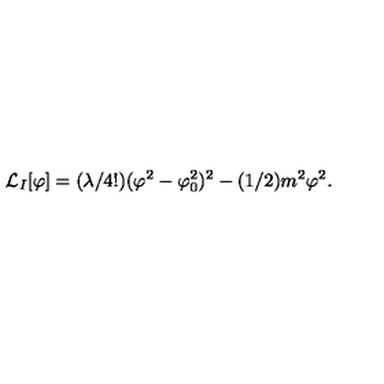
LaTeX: { \cal L } _ { I } [ \varphi ] = ( \lambda / 4 ! ) ( \varphi ^ { 2 } - \varphi _ { 0 } ^ { 2 } ) ^ { 2 } - ( 1 / 2 ) m ^ { 2 } \varphi ^ { 2 } .